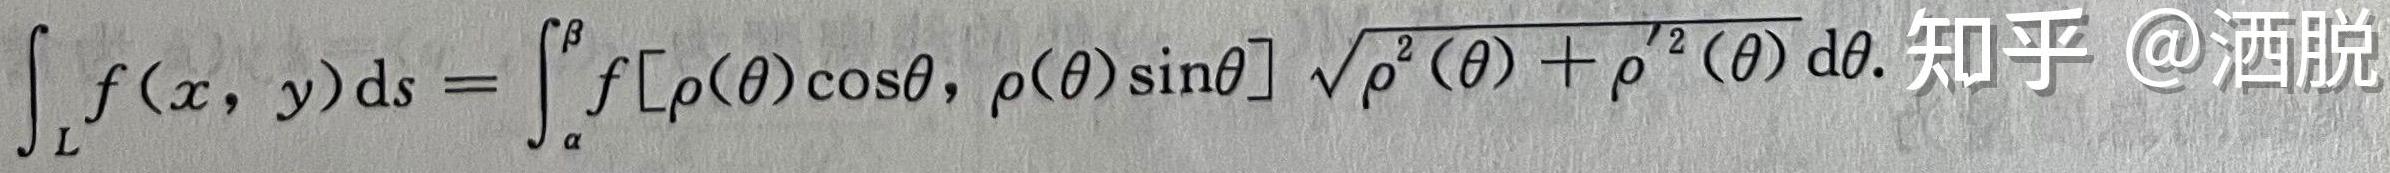
\[
\int_{L} f(x, y) \mathrm{d} s=\int_{\alpha}^{\beta} f[\rho(\theta) \cos \theta, \rho(\theta) \sin \theta] \sqrt{\rho^{2}(\theta)+\rho^{\prime 2}(\theta)} \mathrm{d} \theta.
\]